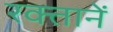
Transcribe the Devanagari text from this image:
रक्तानें